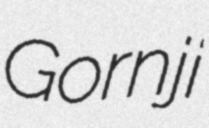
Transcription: Gornji